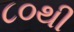
૮૦થી